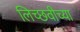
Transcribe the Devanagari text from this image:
लिच्छवीच्या